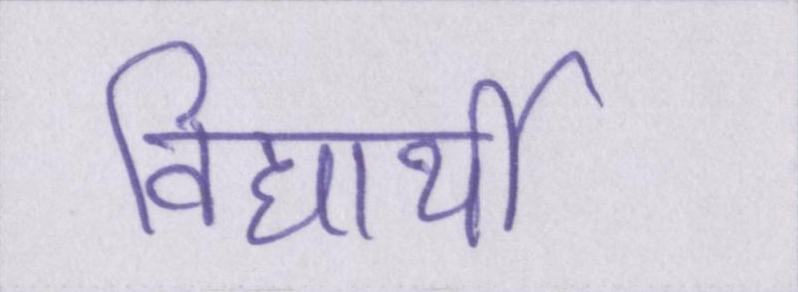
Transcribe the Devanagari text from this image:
विद्यार्थी